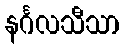
နင်္ဂလသီသာ